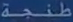
طَنْجَة